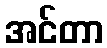
အင်တာ